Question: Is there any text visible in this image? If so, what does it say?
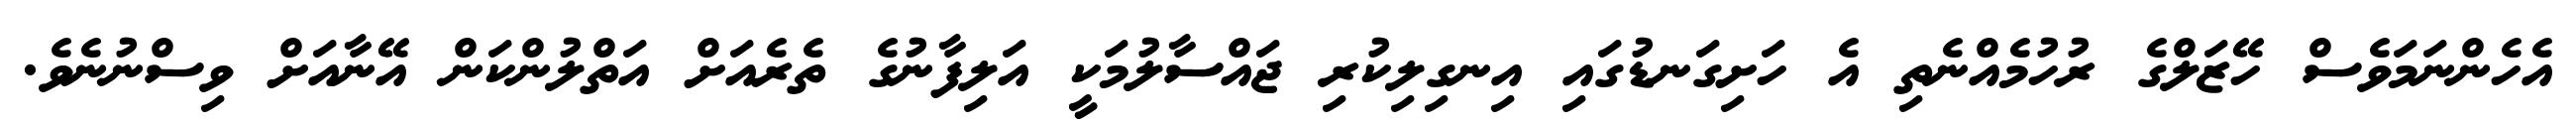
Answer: އެހެންނަމަވެސް ހޭޒަލްގެ ރުހުމެއްނެތި އެ ހަށިގަނޑުގައި އިނގިލިކުރި ޖައްސާލުމަކީ އަލިފާނުގެ ތެރެއަށް އަތްލުންކަން އޭނާއަށް ވިސްނުނެވެ.